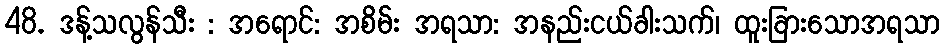
48. ဒန့်သလွန်သီး : အရောင်: အစိမ်း အရသာ: အနည်းငယ်ခါးသက်၊ ထူးခြားသောအရသာ